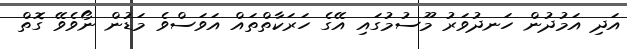
އަދި އަމުދުން ހަނދުވަރު މޫސުމުގައި އޭގެ ހަރަކާތްތައް އަވަސްވެ މަޑުން ނޯވެވޭ ގޮތް